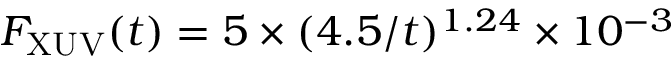
F _ { \mathrm { X U V } } ( t ) = 5 \times ( 4 . 5 / t ) ^ { 1 . 2 4 } \times 1 0 ^ { - 3 }